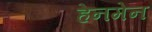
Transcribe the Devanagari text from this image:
हेनमेन